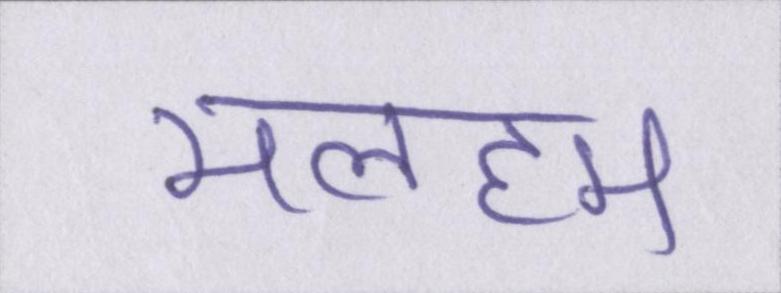
मलहम